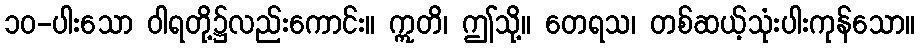
၁၀-ပါးသော ဝါရတို့၌လည်းကောင်း။ ဣတိ၊ ဤသို့။ တေရသ၊ တစ်ဆယ့်သုံးပါးကုန်သော။